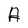
Character: A